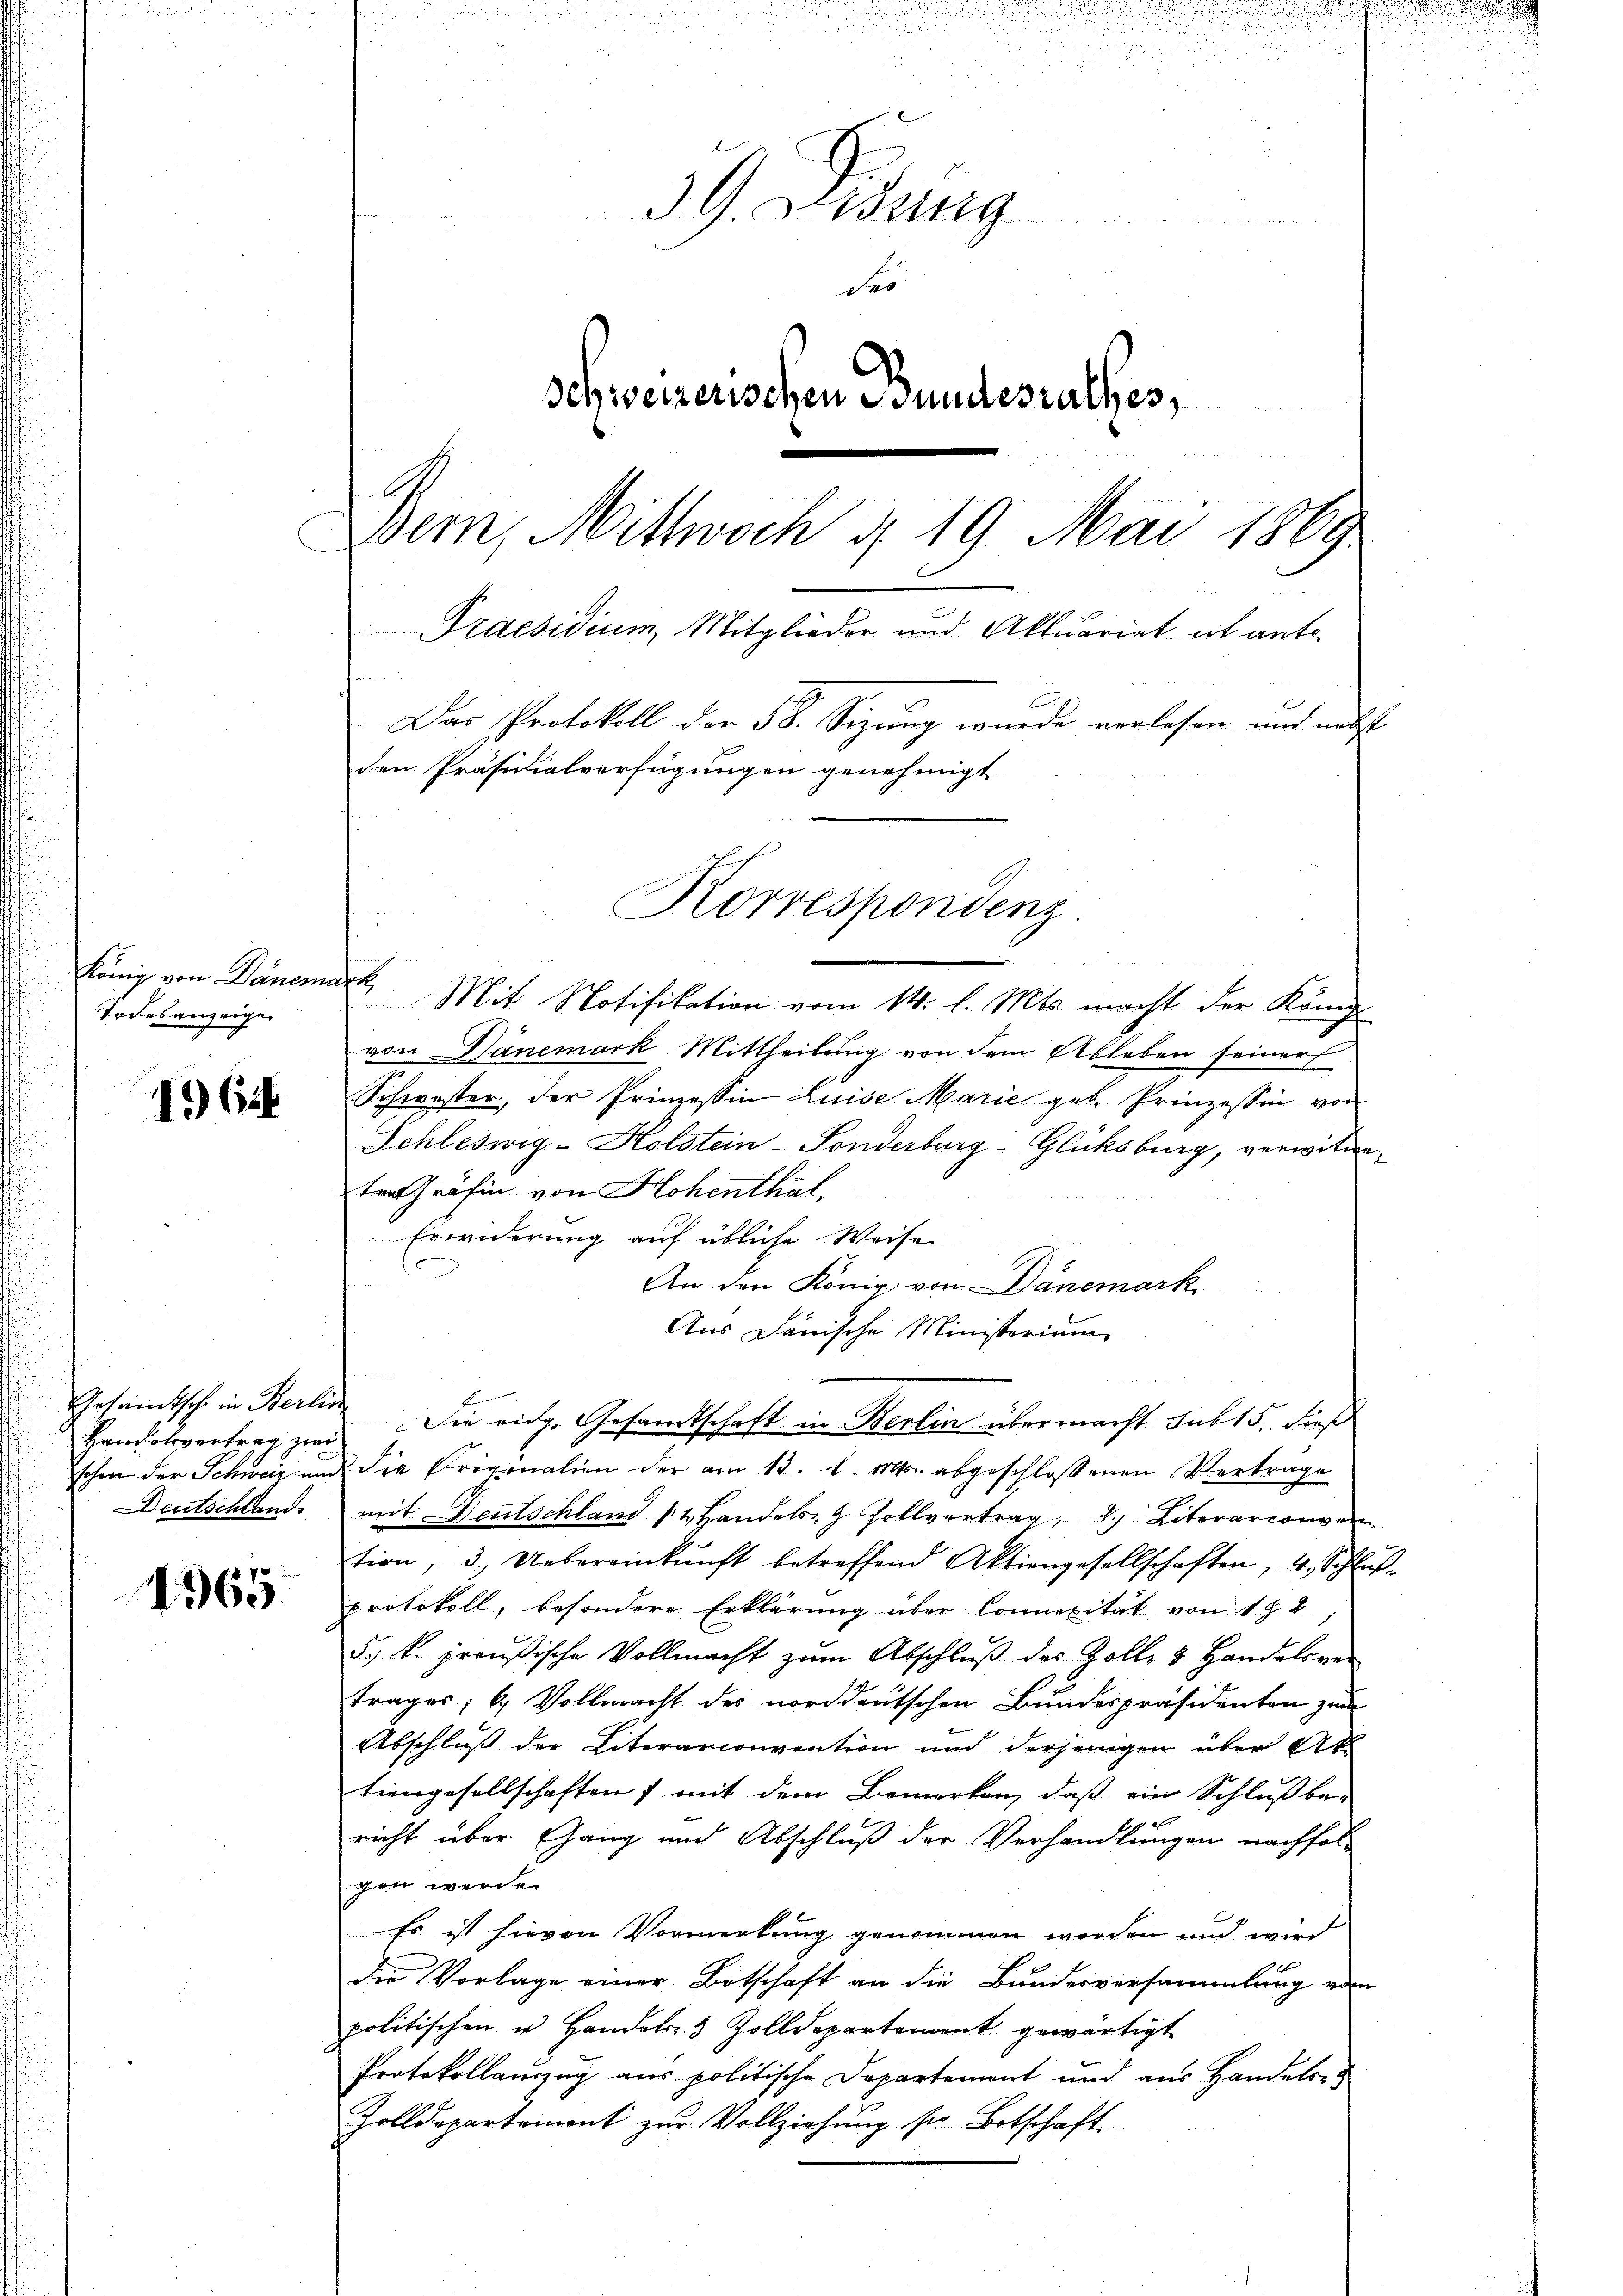
König von Deinemark,
Todesanzeigen

1 Cit

Handelsvertrag zwi
Deutschland

4565.

39. Didung
edenen de
des
schweizerischen Bundesrathes,

Bern, Mittwoch d. 19. Mai 1869
Praesidium, Mitglieder und Aktuariat ab ante
Das Protokoll der 58. Sizung wurde verlesen und nebst
den Präsidialverfügungen genehmigt
Korrespondenz

Mit Notifikation vom 14. l. Mts. macht der Königl.
von Dänemark Mittheilung von dem Ableben seiner
Schwester, der Prinzessin Luise Marie geb. Prinzessin von
Schleswig-Holstein-Sonderburg-Glüksburg, verwitwe,
trat Gräfin von Hohenthal,
Erwiderung auf übliche Weise
An den König von Dänemark
Aus Dänische Ministerium
Gesamtsch in Berlin die eidg. Gesandtschaft in Berlin übermacht sub 15. dieß
schon der Schweiz und die Origination der am 13. l. Mts. abgeschlossenen Verträge
mit Deutschland 12. Handels- & Zollvertrag d. Literarconven
tion, 3. Uebereinkunft betreffend Aktiengesellschaften, 4. Schlŭβ-
protokoll, besondere Erklärung über Connerität von 182
5) k. preußische Vollmacht zŭm Abschlŭβ des Zolle 3 Handelsver
trages; b.) Vollmacht des norddeutschen Bundespräsidenten zum
Abschluß der Literarconvention und derjenigen über Ak
tiengesellschaften mit dem Bemerken, daß ein Schluß be-
richt über Gang und Abschluß der Verhandlungen nachfolchen werden
Es ist hievon Vormerkung genommen worden und wird
1
die Vorlage einer Botschaft an die Bundesversammlung von
politischen u. Handel 3 Zolldepartement gewärtigt
Protokollauszug aus politische Departement und aus Handelsr
Zolldepartement zŭr Vollziehŭng sr. Botschaft.